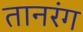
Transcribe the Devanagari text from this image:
तानरंग